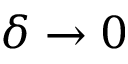
\delta \to 0